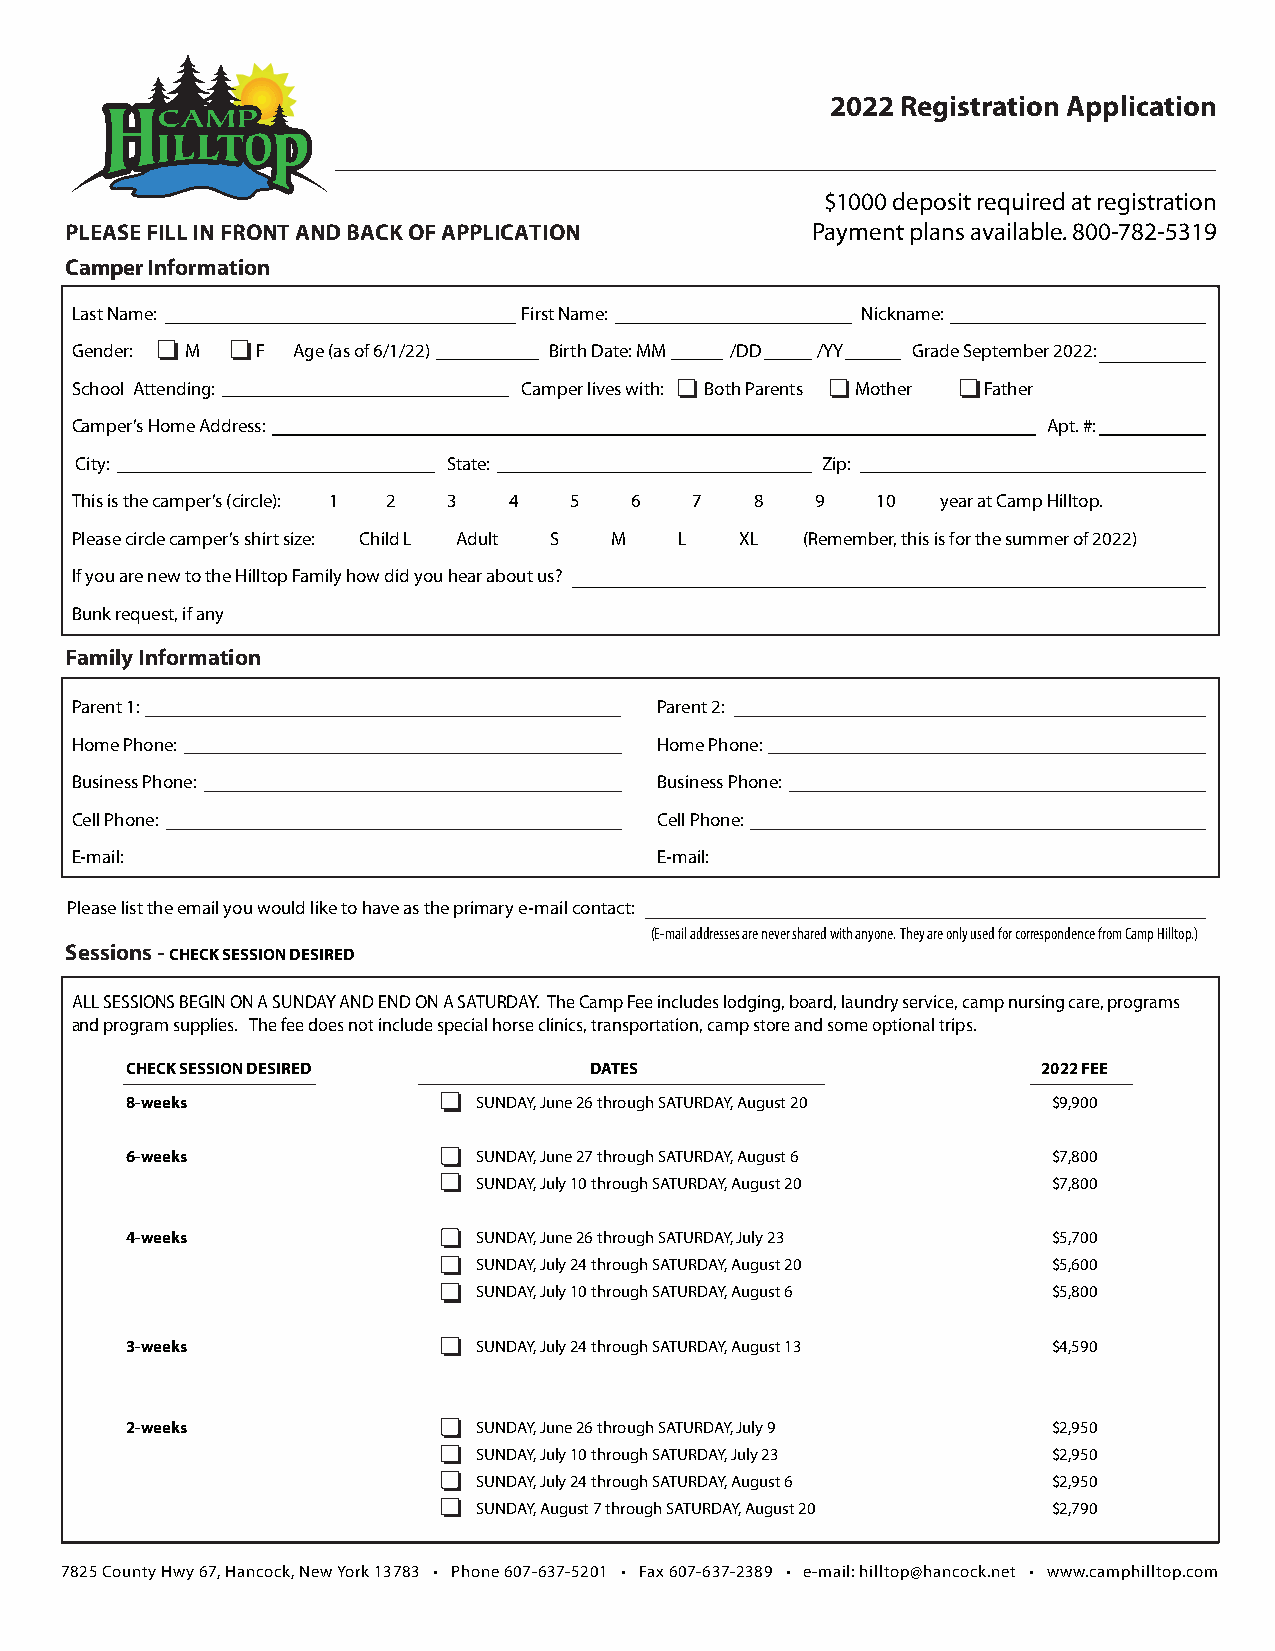
2022 Registration Application
 $1000 deposit required at registration
 PLEASE FILL IN FRONT AND BACK OF APPLICATION      Payment plans available. 800-782-5319
 Camper Information
 Last Name:                    First Name:           Nickname:
 Gender: M   F Age (as of 6/1/22) Birth Date: MM /DD /YY Grade September 2022:
 School Attending:             Camper lives with: Both Parents Mother Father
 Camper’s Home Address:                                          Apt. #:
 City:                    State:                  Zip:
 This is the camper’s (circle): 1 2 3 4 5 6 7 8   9   10  year at Camp Hilltop.
 Please circle camper’s shirt size: Child L Adult S M L XL (Remember, this is for the summer of 2022)
 If you are new to the Hilltop Family how did you hear about us?
 Bunk request, if any
 Family Information
 Parent 1:                             Parent 2:
 Home Phone:                           Home Phone:
 Business Phone:                       Business Phone:
 Cell Phone:                           Cell Phone:
 E-mail:                               E-mail:
 Please list the email you would like to have as the primary e-mail contact:
 (E-mail addresses are never shared with anyone. They are only used for correspondence from Camp Hilltop.)
 Sessions - CHECK SESSION DESIRED
 ALL SESSIONS BEGIN ON A SUNDAY AND END ON A SATURDAY. The Camp Fee includes lodging, board, laundry service, camp nursing care, programs
 and program supplies. The fee does not include special horse clinics, transportation, camp store and some optional trips.
 CHECK SESSION DESIRED          DATES                         2022 FEE
 8-weeks                 SUNDAY, June 26 through SATURDAY, August 20 $9,900
 6-weeks                 SUNDAY, June 27 through SATURDAY, August 6 $7,800
 SUNDAY, July 10 through SATURDAY, August 20 $7,800
 4-weeks                 SUNDAY, June 26 through SATURDAY, July 23 $5,700
 SUNDAY, July 24 through SATURDAY, August 20 $5,600
 SUNDAY, July 10 through SATURDAY, August 6 $5,800
 3-weeks                 SUNDAY, July 24 through SATURDAY, August 13 $4,590
 2-weeks                 SUNDAY, June 26 through SATURDAY, July 9 $2,950
 SUNDAY, July 10 through SATURDAY, July 23 $2,950
 SUNDAY, July 24 through SATURDAY, August 6 $2,950
 SUNDAY, August 7 through SATURDAY, August 20 $2,790
 7825 County Hwy 67, Hancock, New York 13783 • Phone 607-637-5201 • Fax 607-637-2389 • e-mail: hilltop@hancock.net • www.camphilltop.com